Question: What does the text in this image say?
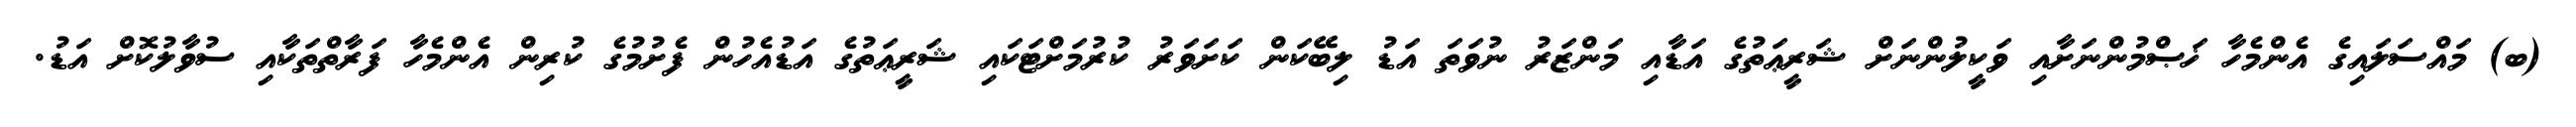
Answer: (ބ) މައްސަލައިގެ އެންމެހާ ޚަޞްމުންނަށާއި ވަކީލުންނަށް ޝަރީޢަތުގެ އަޑާއި މަންޒަރު ނުވަތަ އަޑު ލިބޭކަން ކަށަވަރު ކުރުމަށްޓަކައި ޝަރީޢަތުގެ އަޑުއެހުން ފެށުމުގެ ކުރިން އެންމެހާ ފަރާތްތަކާއި ސުވާލުކޮށް އަޑު.